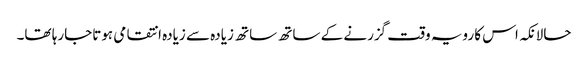
حالانکہ اس کا رویہ وقت گزرنے کے ساتھ ساتھ زیادہ سے زیادہ انتقامی ہوتاجارہا تھا۔